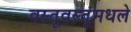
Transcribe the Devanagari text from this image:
वस्तूवस्तूंमधले